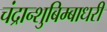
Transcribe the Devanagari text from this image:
चंद्रान्शुबिम्बाधरी